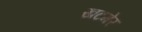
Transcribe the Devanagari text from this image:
खटमेर